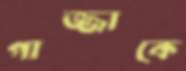
গাজ্জাকে